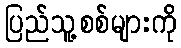
ပြည်သူ့စစ်များကို